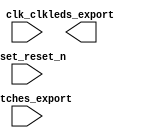

module lab4part1 (
	clk_clk,
	reset_reset_n,
	switches_export,
	leds_export);	

	input		clk_clk;
	input		reset_reset_n;
	input	[7:0]	switches_export;
	output	[7:0]	leds_export;
endmodule